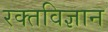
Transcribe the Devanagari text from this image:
रक्तविज्ञान